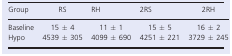
<table><thead><tr><td><b>Group</b></td><td><b>RS</b></td><td><b>RH</b></td><td><b>2RS</b></td><td><b>2RH</b></td></tr></thead><tbody><tr><td>Baseline</td><td>15 ± 4</td><td>11 ± 1</td><td>15 ± 5</td><td>16 ± 2</td></tr><tr><td>Hypo</td><td>4539 ± 305</td><td>4099 ± 690</td><td>4251 ± 221</td><td>3729 ± 245</td></tr></tbody></table>